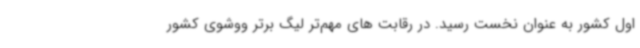
اول کشور به عنوان نخست رسید. در رقابت های مهم‌تر لیگ برتر ووشوی کشور